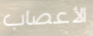
الأعصاب